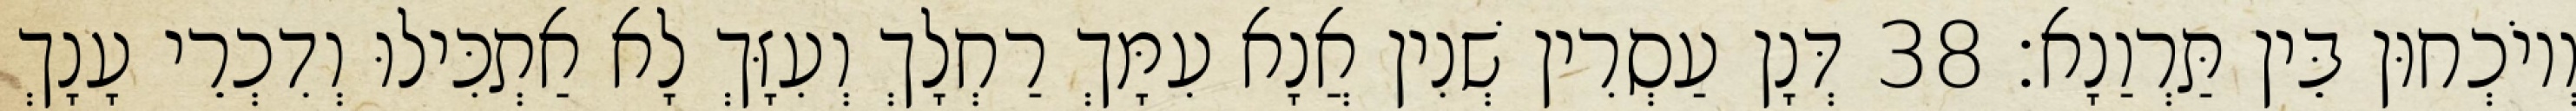
וְיוֹכְחוּן בֵּין תַּרְוַנָא׃ 38 דְּנָן עַסְרִין שְׁנִין אֲנָא עִמָּךְ רַחְלָךְ וְעִזָּךְ לָא אַתְכִּילוּ וְדִכְרֵי עָנָךְ